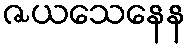
ဇယသေနေန